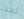
نحت